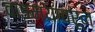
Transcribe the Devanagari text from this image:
वाङ्मयावरून